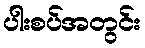
ပါးစပ်အတွင်း